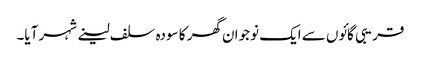
قریبی گائوں سے ایک نوجوان گھر کا سودہ سلف لینے شہر آیا۔